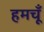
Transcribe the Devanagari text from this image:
हमचूँ